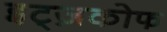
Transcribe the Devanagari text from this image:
इट्ज़कोफ